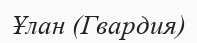
Ұлан (Гвардия)